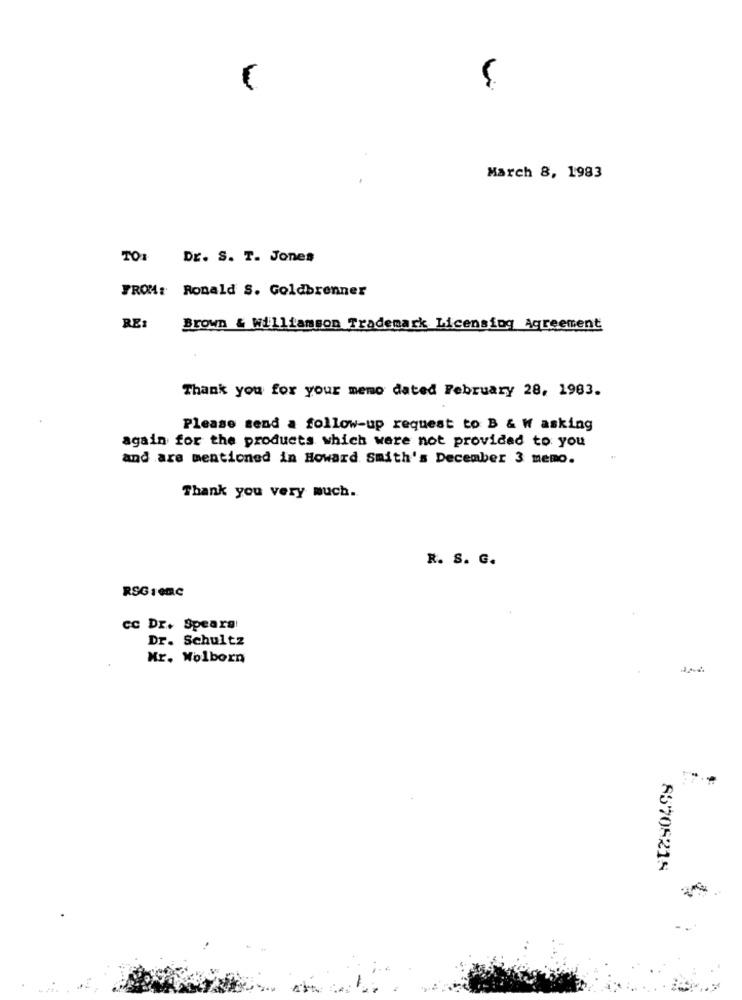
March 8, 1983
TO: Dr. S. T. Jones
FROM: Ronald S. Goldbrenner
RE:
Brown & Williamson Trademark Licensing Agreement
Thank you for your memo dated February 28, 1983.
Please send a follow-up request to B & W asking
again for the products which were not provided to you
and are mentioned in Howard Smith's December 3 memo.
Thank you very much.
R. S. G.
RSG 1 en.C
cc Dr. Spears!
Dr. Schultz
Mr. Wolborn
85706215